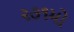
૨૭૧મો